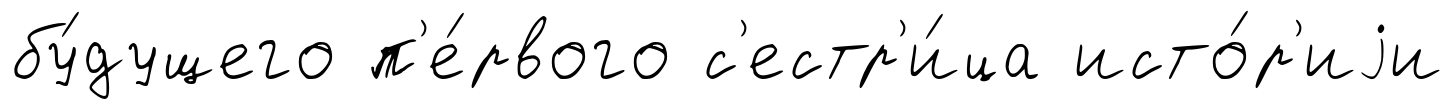
бу́дущего п'е́рвого с'естр'и́ца исто́р'иjи